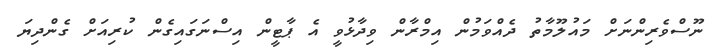
ނޫސްވެރިންނަށް މައުލޫމާތު ދެއްވަމުން އިމްރާން ވިދާޅުވީ އެ ޕާޓީން އިސްނަގައިގެން ކުރިއަށް ގެންދިޔަ